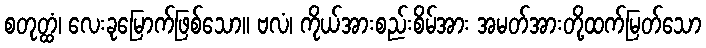
စတုတ္ထံ၊ လေးခုမြောက်ဖြစ်သော။ ဗလံ၊ ကိုယ်အားစည်းစိမ်အား အမတ်အားတို့ထက်မြတ်သော